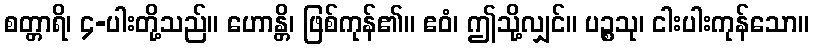
စတ္တာရိ၊ ၄-ပါးတို့သည်။ ဟောန္တိ၊ ဖြစ်ကုန်၏။ ဧဝံ၊ ဤသို့လျှင်။ ပဉ္စသု၊ ငါးပါးကုန်သော။